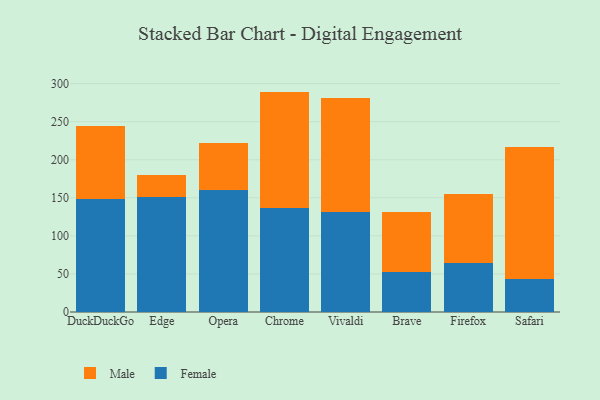
{"axis": {"x": "Browser", "y": "Budget (USD K)"}, "legend": ["Female", "Male"], "data": [{"x": "DuckDuckGo", "y": 148.0, "type": "Female"}, {"x": "DuckDuckGo", "y": 96.5, "type": "Male"}, {"x": "Edge", "y": 151.0, "type": "Female"}, {"x": "Edge", "y": 28.7, "type": "Male"}, {"x": "Opera", "y": 159.9, "type": "Female"}, {"x": "Opera", "y": 61.9, "type": "Male"}, {"x": "Chrome", "y": 136.3, "type": "Female"}, {"x": "Chrome", "y": 153.3, "type": "Male"}, {"x": "Vivaldi", "y": 131.5, "type": "Female"}, {"x": "Vivaldi", "y": 150.2, "type": "Male"}, {"x": "Brave", "y": 52.7, "type": "Female"}, {"x": "Brave", "y": 78.8, "type": "Male"}, {"x": "Firefox", "y": 63.9, "type": "Female"}, {"x": "Firefox", "y": 90.9, "type": "Male"}, {"x": "Safari", "y": 43.4, "type": "Female"}, {"x": "Safari", "y": 173.4, "type": "Male"}]}